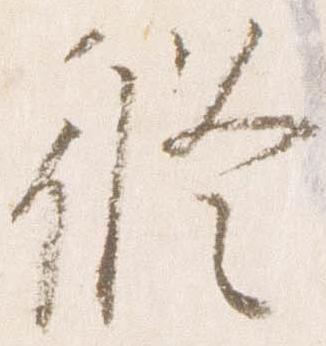
修